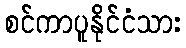
စင်ကာပူနိုင်ငံသား